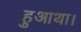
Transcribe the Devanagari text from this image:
हुआथा।